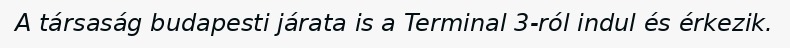
A társaság budapesti járata is a Terminal 3-ról indul és érkezik.